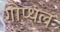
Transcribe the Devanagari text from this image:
गोप्थल